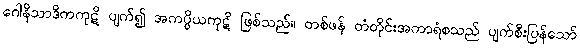
ဂေါနိသာဒိကကုဋိ ပျက်၍ အကပ္ပိယကုဋိ ဖြစ်သည်။ တစ်ဖန် တံတိုင်းအကာရံစသည် ပျက်စီးပြန်သော်